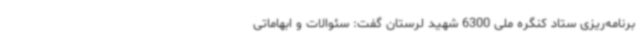
برنامه‌ریزی ستاد کنگره ملی 6300 شهید لرستان گفت: سئوالات و ابهاماتی